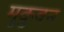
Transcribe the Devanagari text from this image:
मुकुवन